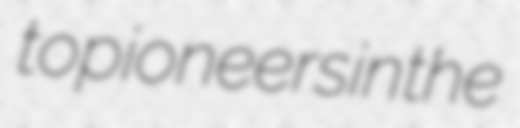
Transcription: to pioneers in the